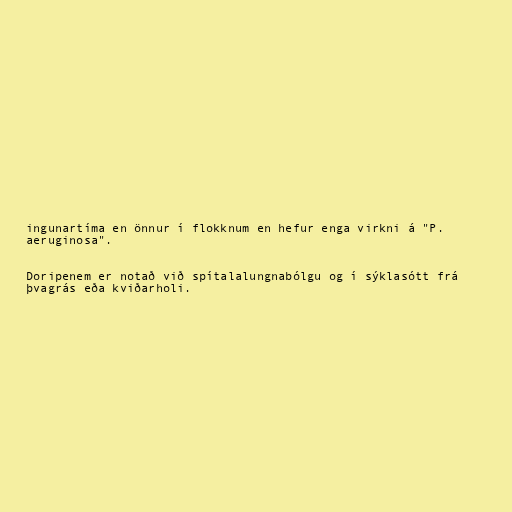
ingunartíma en önnur í flokknum en hefur enga virkni á "P.
aeruginosa".

Doripenem er notað við spítalalungnabólgu og í sýklasótt frá
þvagrás eða kviðarholi.